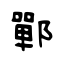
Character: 鄲